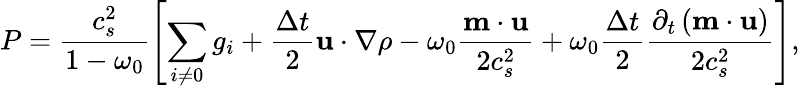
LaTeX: P=\frac{c_{s}^{2}}{1-\omega_{0}}\left[\sum_{i\neq 0}g_{i}+\frac{\Delta t}{2}\mathbf{u}\cdot\nabla\rho-\omega_{0}\frac{\mathbf{m}\cdot\mathbf{u}}{2c_{s}^{2}}+\omega_{0}\frac{\Delta t}{2}\frac{\partial_{t}\left(\mathbf{m}\cdot\mathbf{u}\right)}{2c_{s}^{2}}\right],